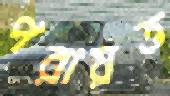
পরায়ত্ত